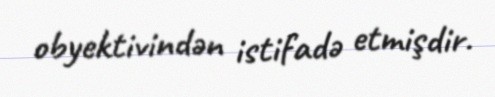
obyektivindən istifadə etmişdir.